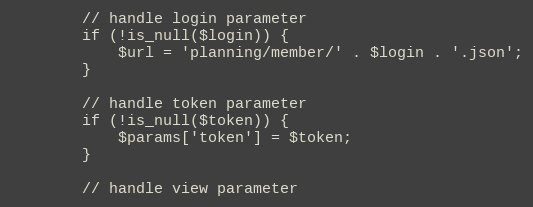
Language: PHP
        // handle login parameter
        if (!is_null($login)) {
            $url = 'planning/member/' . $login . '.json';
        }

        // handle token parameter
        if (!is_null($token)) {
            $params['token'] = $token;
        }

        // handle view parameter